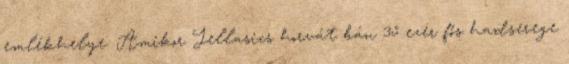
emlékhelye. Amikor Jellasics horvát bán 35 ezer fős hadserege